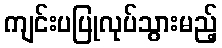
ကျင်းပပြုလုပ်သွားမည့်